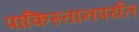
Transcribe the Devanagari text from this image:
पाकिस्तानपर्यंत